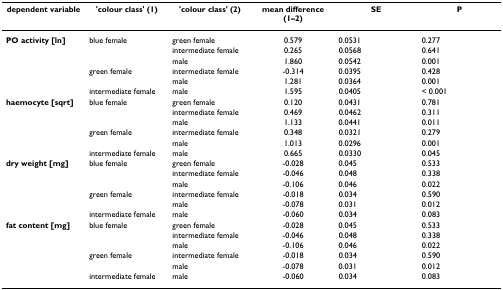
<table><thead><tr><td><b>dependent variable</b></td><td><b>&#x27;colour class&#x27; (1)</b></td><td><b>&#x27;colour class&#x27; (2)</b></td><td><b>mean difference (1–2)</b></td><td><b>SE</b></td><td><b>P</b></td></tr></thead><tbody><tr><td><b>PO activity [ln]</b></td><td>blue female</td><td>green female</td><td>0.579</td><td>0.0531</td><td>0.277</td></tr><tr><td></td><td></td><td>intermediate female</td><td>0.265</td><td>0.0568</td><td>0.641</td></tr><tr><td></td><td></td><td>male</td><td>1.860</td><td>0.0542</td><td>0.001</td></tr><tr><td></td><td>green female</td><td>intermediate female</td><td>-0.314</td><td>0.0395</td><td>0.428</td></tr><tr><td></td><td></td><td>male</td><td>1.281</td><td>0.0364</td><td>0.001</td></tr><tr><td></td><td>intermediate female</td><td>male</td><td>1.595</td><td>0.0405</td><td>&lt; 0.001</td></tr><tr><td><b>haemocyte [sqrt]</b></td><td>blue female</td><td>green female</td><td>0.120</td><td>0.0431</td><td>0.781</td></tr><tr><td></td><td></td><td>intermediate female</td><td>0.469</td><td>0.0462</td><td>0.311</td></tr><tr><td></td><td></td><td>male</td><td>1.133</td><td>0.0441</td><td>0.011</td></tr><tr><td></td><td>green female</td><td>intermediate female</td><td>0.348</td><td>0.0321</td><td>0.279</td></tr><tr><td></td><td></td><td>male</td><td>1.013</td><td>0.0296</td><td>0.001</td></tr><tr><td></td><td>intermediate female</td><td>male</td><td>0.665</td><td>0.0330</td><td>0.045</td></tr><tr><td><b>dry weight [mg]</b></td><td>blue female</td><td>green female</td><td>-0.028</td><td>0.045</td><td>0.533</td></tr><tr><td></td><td></td><td>intermediate female</td><td>-0.046</td><td>0.048</td><td>0.338</td></tr><tr><td></td><td></td><td>male</td><td>-0.106</td><td>0.046</td><td>0.022</td></tr><tr><td></td><td>green female</td><td>intermediate female</td><td>-0.018</td><td>0.034</td><td>0.590</td></tr><tr><td></td><td></td><td>male</td><td>-0.078</td><td>0.031</td><td>0.012</td></tr><tr><td></td><td>intermediate female</td><td>male</td><td>-0.060</td><td>0.034</td><td>0.083</td></tr><tr><td><b>fat content [mg]</b></td><td>blue female</td><td>green female</td><td>-0.028</td><td>0.045</td><td>0.533</td></tr><tr><td></td><td></td><td>intermediate female</td><td>-0.046</td><td>0.048</td><td>0.338</td></tr><tr><td></td><td></td><td>male</td><td>-0.106</td><td>0.046</td><td>0.022</td></tr><tr><td></td><td>green female</td><td>intermediate female</td><td>-0.018</td><td>0.034</td><td>0.590</td></tr><tr><td></td><td></td><td>male</td><td>-0.078</td><td>0.031</td><td>0.012</td></tr><tr><td></td><td>intermediate female</td><td>male</td><td>-0.060</td><td>0.034</td><td>0.083</td></tr></tbody></table>